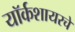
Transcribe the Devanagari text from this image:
यॉर्कशायरचे